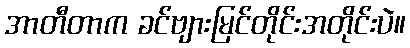
အာတီတာက ခင်ဗျားမြင်တိုင်းအတိုင်းပဲ။